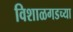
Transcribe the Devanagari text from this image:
विशाळगडच्या